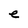
Character: e